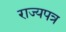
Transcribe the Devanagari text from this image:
राज्यपत्र